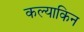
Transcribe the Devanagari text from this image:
कल्याकिन